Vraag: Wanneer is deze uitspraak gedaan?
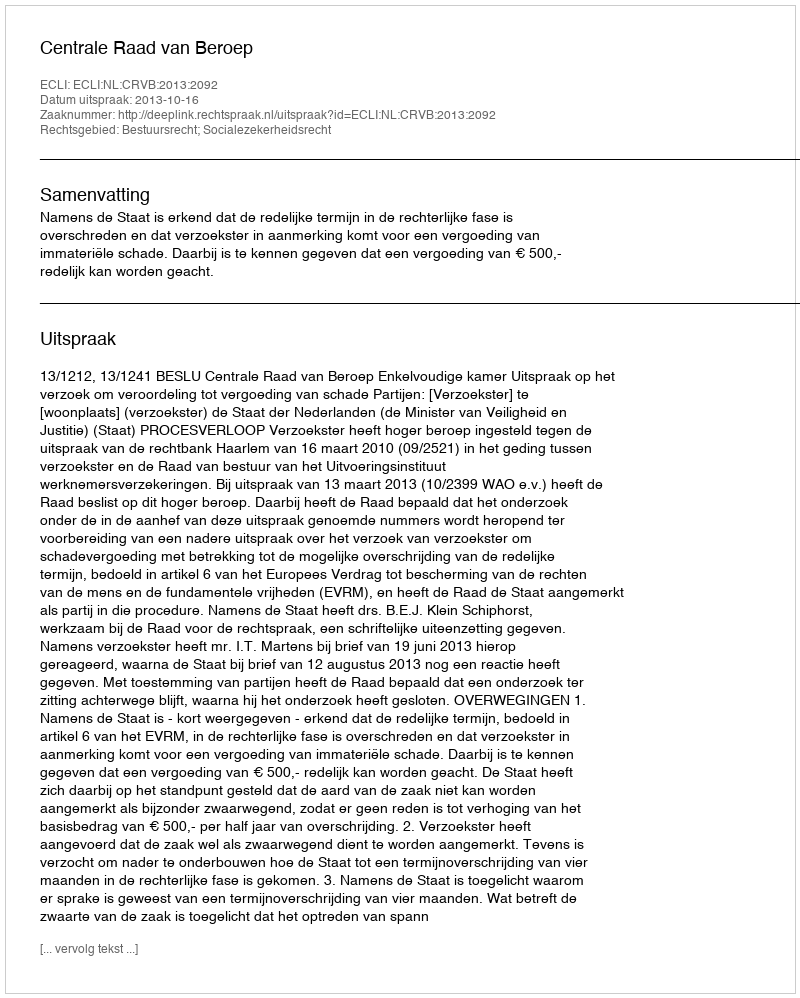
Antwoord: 2013-10-16